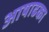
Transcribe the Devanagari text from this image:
आषाढका